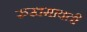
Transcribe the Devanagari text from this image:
रुखमावती